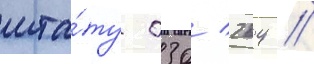
шта́ту 030/ 264 //